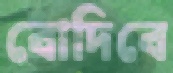
বোদিবে